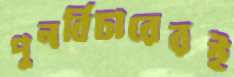
পুনর্বিচারেরই